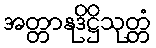
အတ္တာနုဒိဋ္ဌိသုတ္တံ